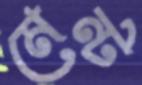
মেন্ট